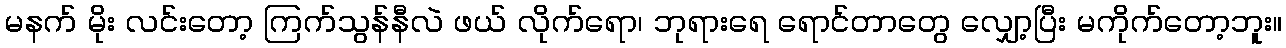
မနက် မိုး လင်းတော့ ကြက်သွန်နီလဲ ဖယ် လိုက်ရော၊ ဘုရားရေ ရောင်တာတွေ လျှော့ပြီး မကိုက်တော့ဘူး။